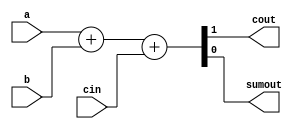
module adder_12 #(
    parameter WIDTH = 1   
) (
    input [WIDTH-1:0] a, 
    input [WIDTH-1:0] b, 
    input cin, 
    output cout, 
    output [WIDTH-1:0] sumout);
   assign {cout, sumout} = a + b + cin;
endmodule